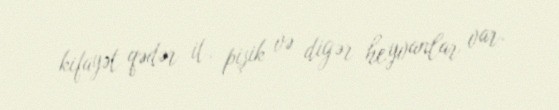
kifayət qədər it, pişik və digər heyvanlar var.